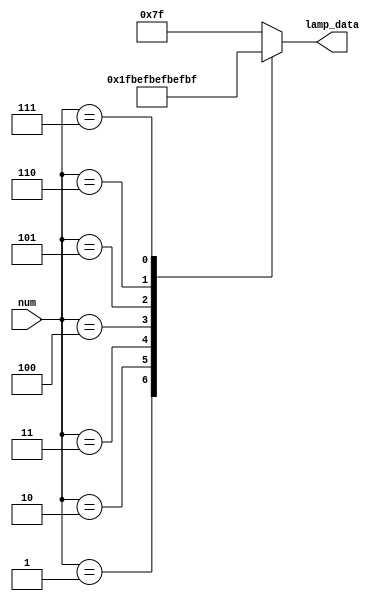
`timescale 1ns / 1ps
//////////////////////////////////////////////////////////////////////////////////
// Company: 
// Engineer: 
// 
// Design Name: 
// Module Name: lamp_display
// Project Name: 
// Target Devices: 
// Tool Versions: 
// Description: 
// 
// Dependencies: 
// 
// Revision:
// Revision 0.01 - File Created
// Additional Comments:
// 
//////////////////////////////////////////////////////////////////////////////////


module lamp_display (
    input  wire [3:0] num,
    output reg  [6:0] lamp_data
);
  always @(num) begin
    case (num)
      1: lamp_data <= 8'b11111110;
      2: lamp_data <= 8'b11111101;
      3: lamp_data <= 8'b11111011;
      4: lamp_data <= 8'b11110111;
      5: lamp_data <= 8'b11101111;
      6: lamp_data <= 8'b11011111;
      7: lamp_data <= 8'b10111111;
      default: lamp_data <= 8'b11111111;
    endcase
  end
endmodule